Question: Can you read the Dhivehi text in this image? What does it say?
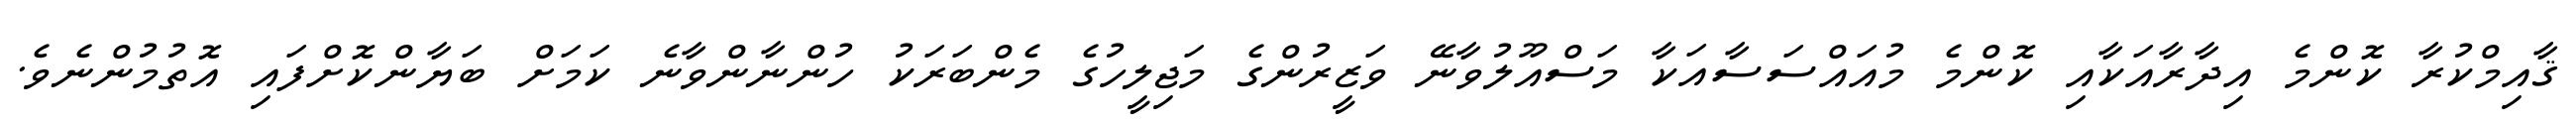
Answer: ޤާއިމްކުރާ ކޮންމެ އިދާރާއަކާއި ކޮންމެ މުއައްސަސާއަކާ މަސްއޫލުވާނޭ ވަޒީރުންގެ މަޖިލީހުގެ މެންބަރަކު ހުންނާންވާނެ ކަމަށް ބަޔާންކޮށްފައި އޮތުމުންނެވެ.